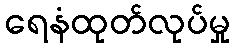
ရေနံထုတ်လုပ်မှု